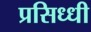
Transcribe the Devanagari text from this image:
प्रसिध्‍धी